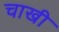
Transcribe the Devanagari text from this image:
चाखी